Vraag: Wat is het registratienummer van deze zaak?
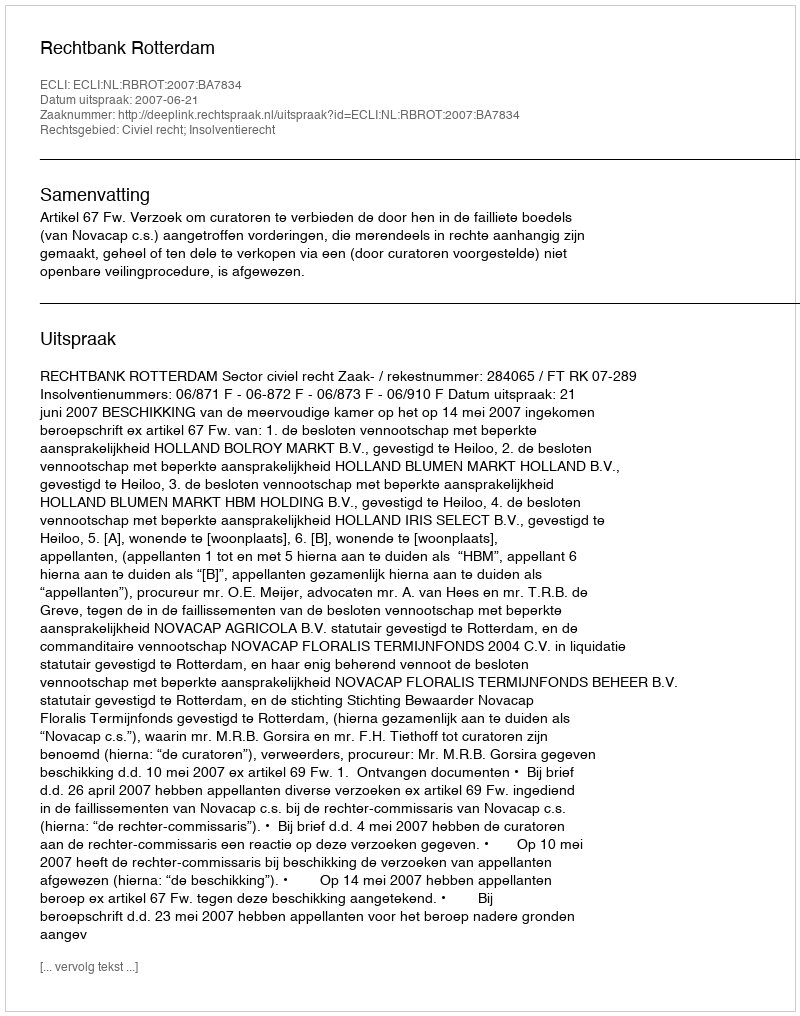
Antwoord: http://deeplink.rechtspraak.nl/uitspraak?id=ECLI:NL:RBROT:2007:BA7834